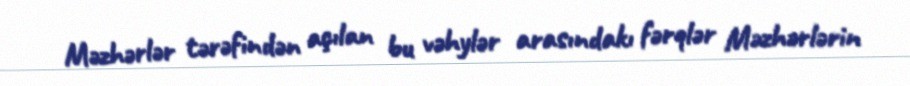
Məzhərlər tərəfindən açılan bu vəhylər arasındakı fərqlər Məzhərlərin